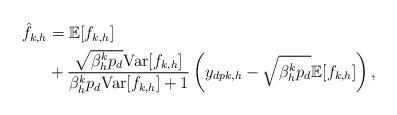
LaTeX: \begin{align*}\begin{aligned}\hat{f}_{k,h}&=\mathbb{E}[f_{k,h}]\\&+\frac{\sqrt{\beta_h^kp_d}\mathrm{Var}[f_{k,h}]}{\beta_h^kp_d\mathrm{Var}[f_{k,h}]+1}\left(y_{dpk,h}-\sqrt{\beta_h^kp_d}\mathbb{E}[f_{k,h}]\right),\end{aligned}\end{align*}